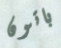
باتون